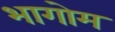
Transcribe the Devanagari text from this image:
भागोम